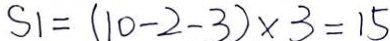
S 1 = ( 1 0 - 2 - 3 ) \times 3 = 1 5